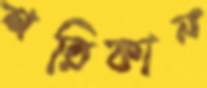
শরিকান